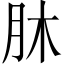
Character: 𦙣